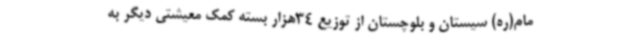
مام(ره) سیستان و بلوچستان از توزیع 34هزار بسته کمک معیشتی دیگر به